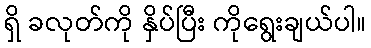
ရှိ ခလုတ်ကို နှိပ်ပြီး ကိုရွေးချယ်ပါ။